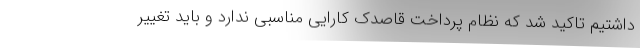
داشتیم تاکید شد که نظام پرداخت قاصدک کارایی مناسبی ندارد و باید تغییر